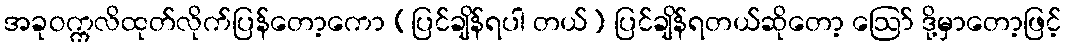
အခုဝက္ကလိထုတ်လိုက်ပြန်တော့ကော (ပြင်ချိန်ရပါ တယ်) ပြင်ချိန်ရတယ်ဆိုတော့ ဪ ဒို့မှာတော့ဖြင့်